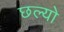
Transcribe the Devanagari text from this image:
छल्‍यो